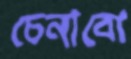
চেনাবো